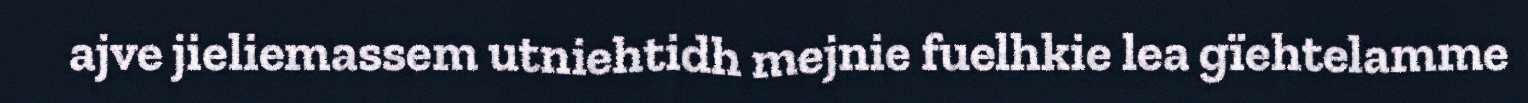
ajve jieliemassem utniehtidh mejnie fuelhkie lea gïehtelamme